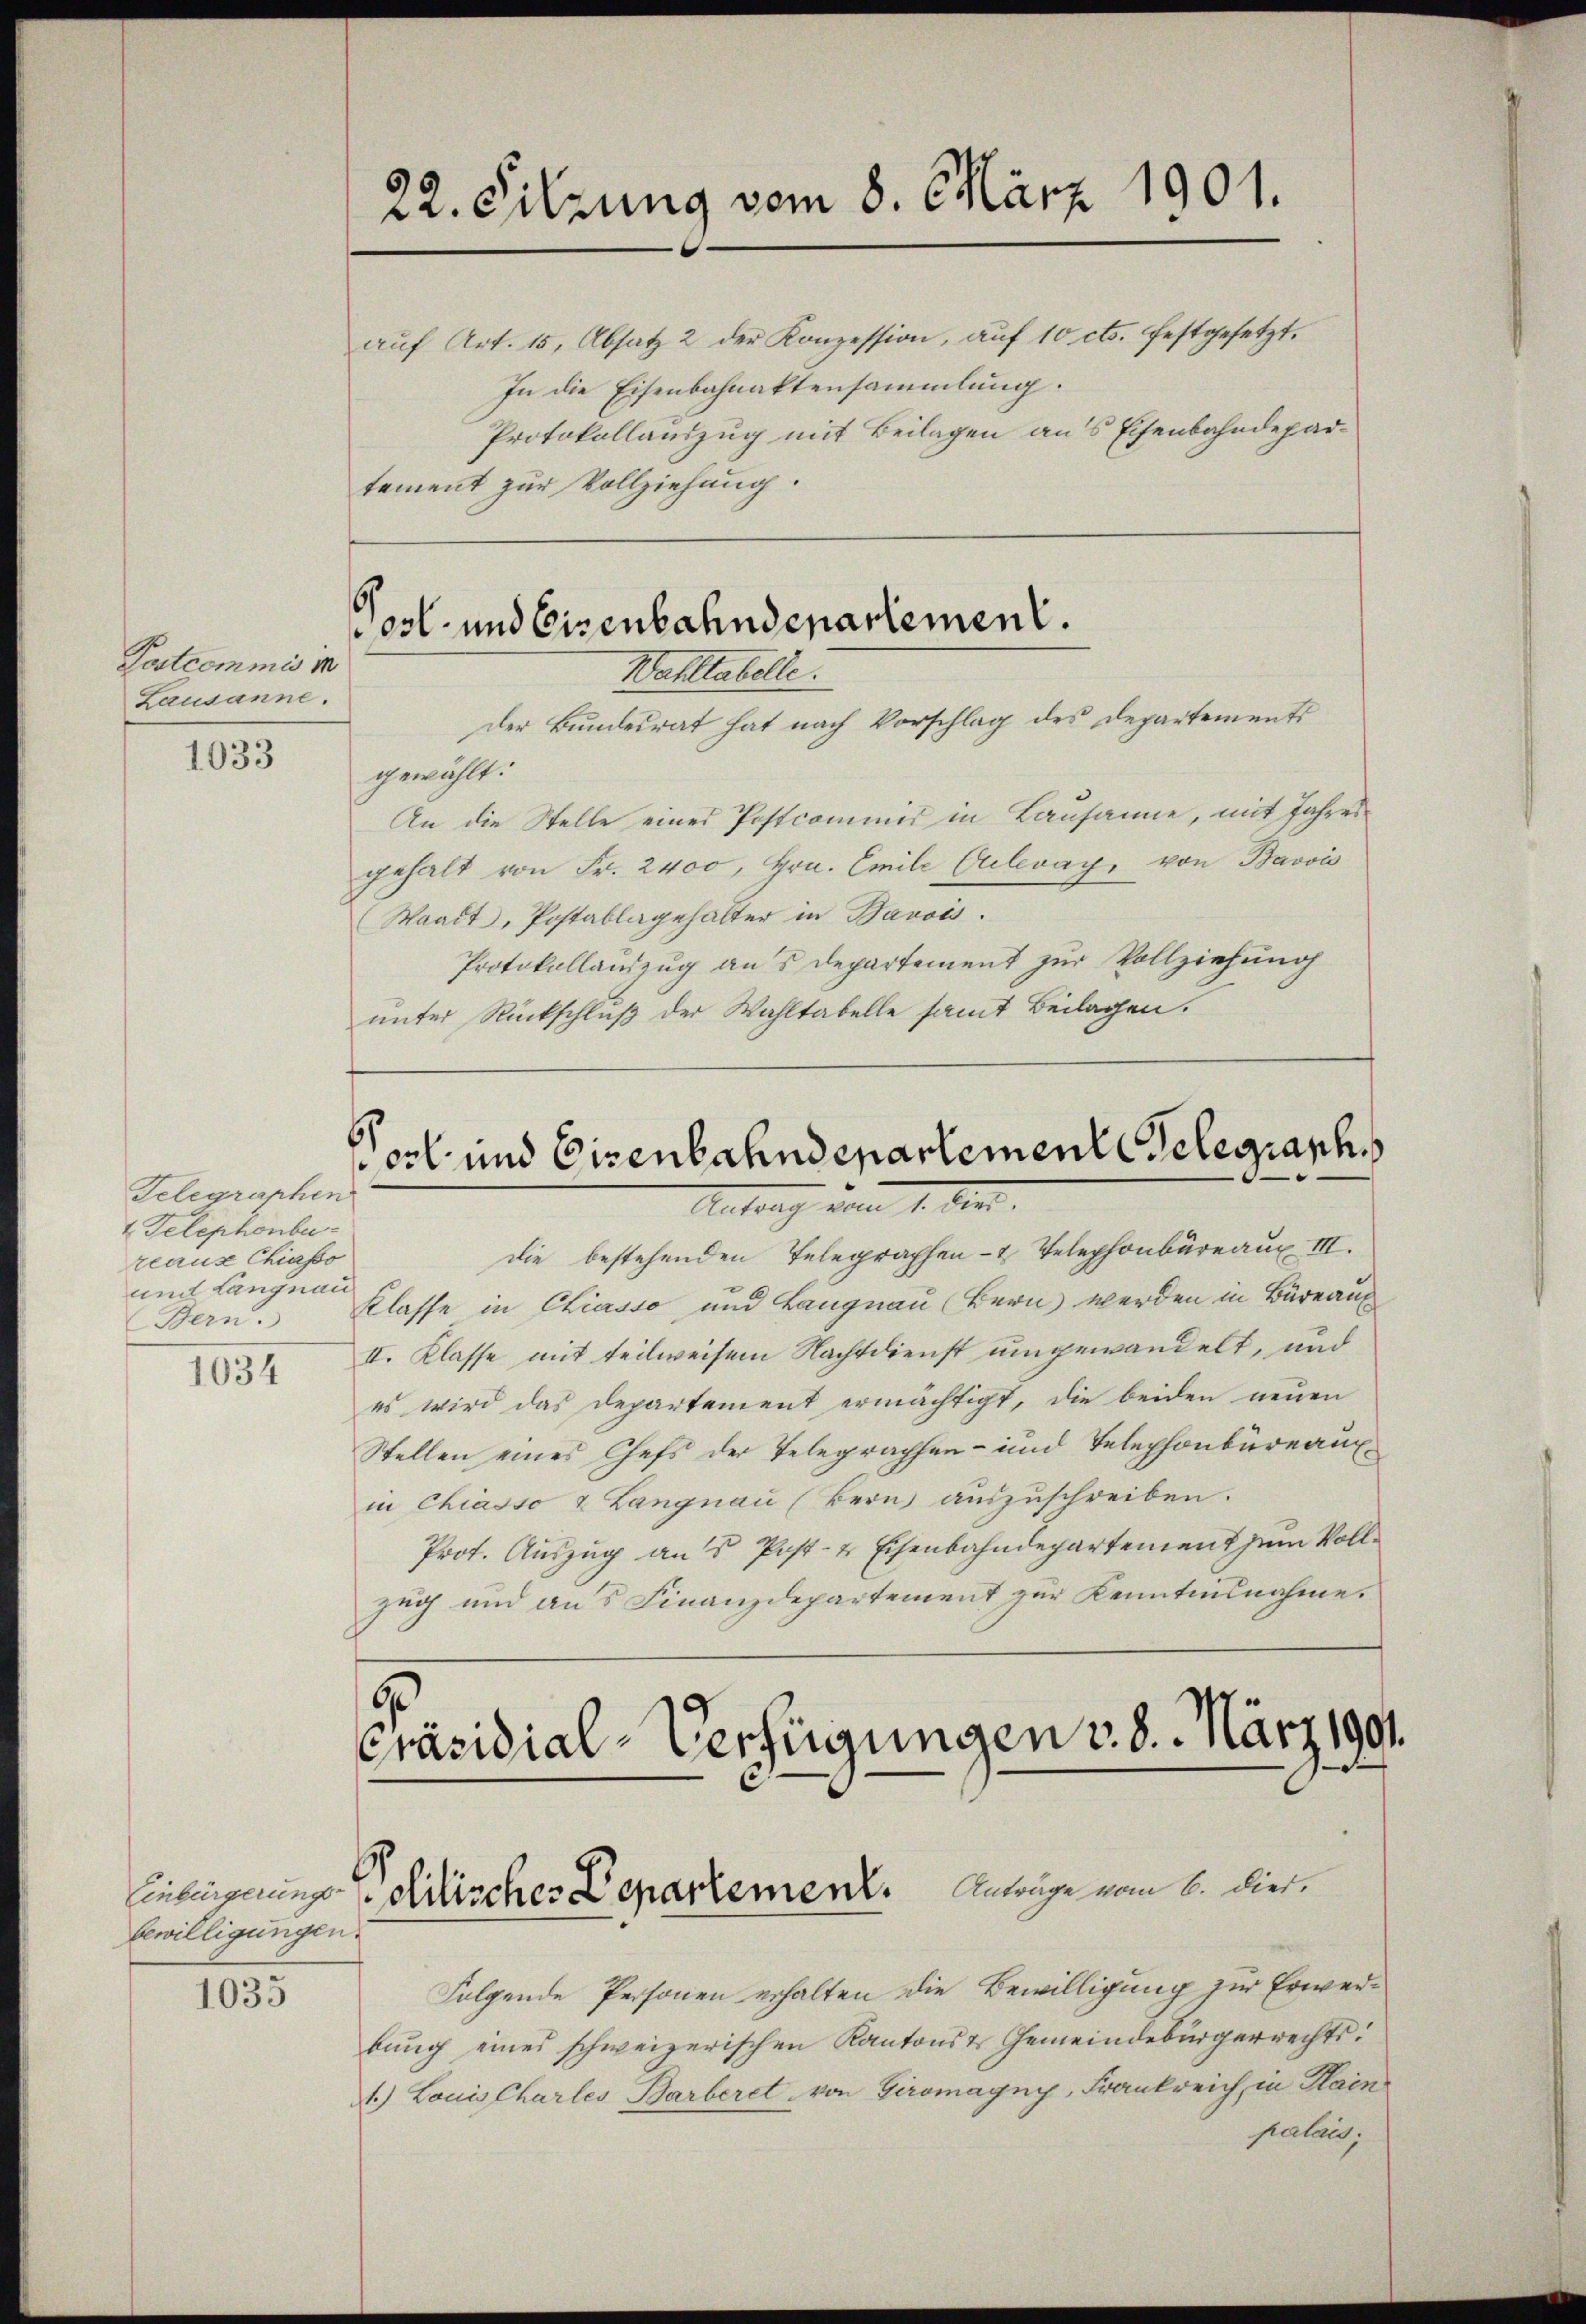
Postcommis in
Lausanne.

1033

Telegraphen
t Telephonbe-
reaux Chiasso
und Langnau
Bern.

1034

bewilligungen.

1035

22. Sitzung vom 8. März 1901.

6
ost- und Eisenbahndepartement.
Wahltabelle.

aŭf Art. 15, Absatz 2 der Konzession, aŭf 10 cts. festgesetzt.
In die Eisenbahnaktensammlung.
Protokollauszug mit Beilagen aus Eisenbahndepartement zur Vollziehung.

ool und Eisenbahndepartement elegraph
Antrag vom 1. Der

Der Bundesrat hat nach Vorschlag des Departements
gewählt.
An die Stelle eines Postcommis in Lausanne, mit Jahres
gehalt von Fr. 2400, Hrn. Emile Gebrach, von Barois
Waadt, Postablagehalter in Bavois.
Protokollauszug aus Departement zur Vollziehung
unter Rückschluß der Wahltabelle samt Beilagen.

die bestehenden Telegraphen- & Telephonbüreaux III.
Klasse in Chiasso und Langnau (Bern werden in Büreau
II. Klasse mit teilweisen Nachtdienst umgewandelt, und
es wird das Departement ermächtigt, die beiden neuen
Stellen eines Chefs der Telegraphen- und Telephonbüreaux
in Chiasso & Langnau (Bern aŭszŭschreiben.
Prot. Auszug aus Post- & Eisenbahndepartement zum Vollzug und aus Finanzdepartement zur Kenntnisnahme.

u
Präsidial-Verfügungen v. 8. März 1901
Einbergerung Milischer Departement. Anträge vom 6. dies.

Folgende Personen erhalten die Bewilligung zur Erwerbung eines schweizerischen Kantons & Gemeindebürgerrechts:
1.) Louis Chartes Barberet von Giromagny, Frankreich, in Plain
palais;